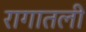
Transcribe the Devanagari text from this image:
रागातली